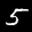
Label: 5